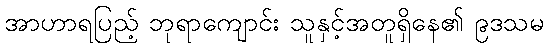
အာဟာရပြည့် ဘုရာကျောင်း သူနှင့်အတူရှိနေ၏ ၉ဒသမ